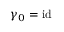
\gamma _ { 0 } = \mathrm { i d }